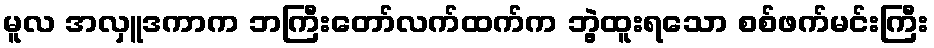
မူလ အလှူဒကာက ဘကြီးတော်လက်ထက်က ဘွဲ့ထူးရသော စစ်ဖက်မင်းကြီး